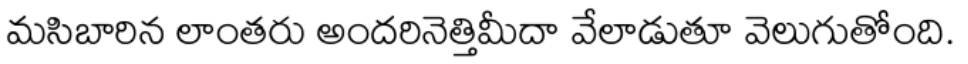
మసిబారిన లాంతరు అందరినెత్తిమీదా వేలాడుతూ వెలుగుతోంది.